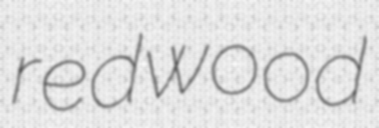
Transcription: redwood